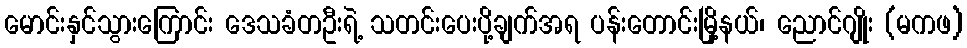
မောင်းနှင်သွားကြောင်း ဒေသခံတဦးရဲ့ သတင်းပေးပို့ချက်အရ ပန်းတောင်းမြို့နယ်၊ ညောင်ဂျိုး (မကဖ)